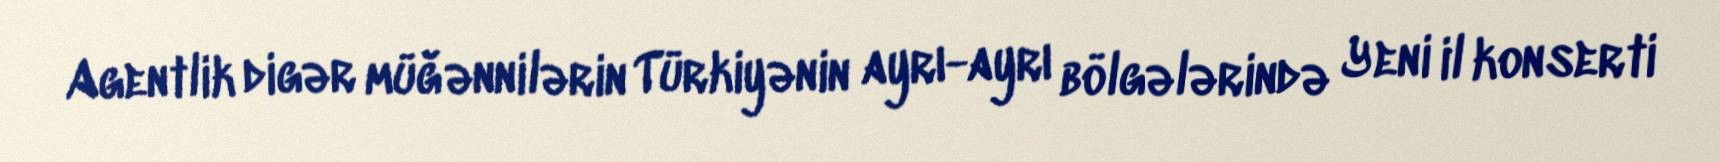
Agentlik digər müğənnilərin Türkiyənin ayrı-ayrı bölgələrində Yeni il konserti